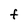
Character: F